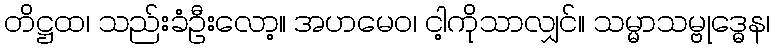
တိဋ္ဌထ၊ သည်းခံဦးလော့။ အဟမေဝ၊ ငါ့ကိုသာလျှင်။ သမ္မာသမ္ဗုဒ္ဓေန၊